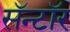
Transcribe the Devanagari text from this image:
सॅन्टॉर